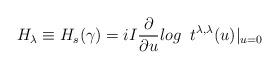
LaTeX: \begin{align*}H_{\lambda} \equiv H_{s}(\gamma) =i I \frac{\partial}{\partial u} log \;\; t^{\lambda,\lambda}(u)|_{u=0}\end{align*}